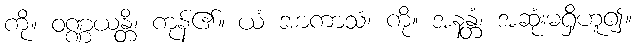
ကို။ ဝဏ္ဏယန္တိ၊ ကုန်၏။ ယံ အာကာသံ၊ ကို။ အနန္တံ၊ အဆုံးမရှိဟူ၍။